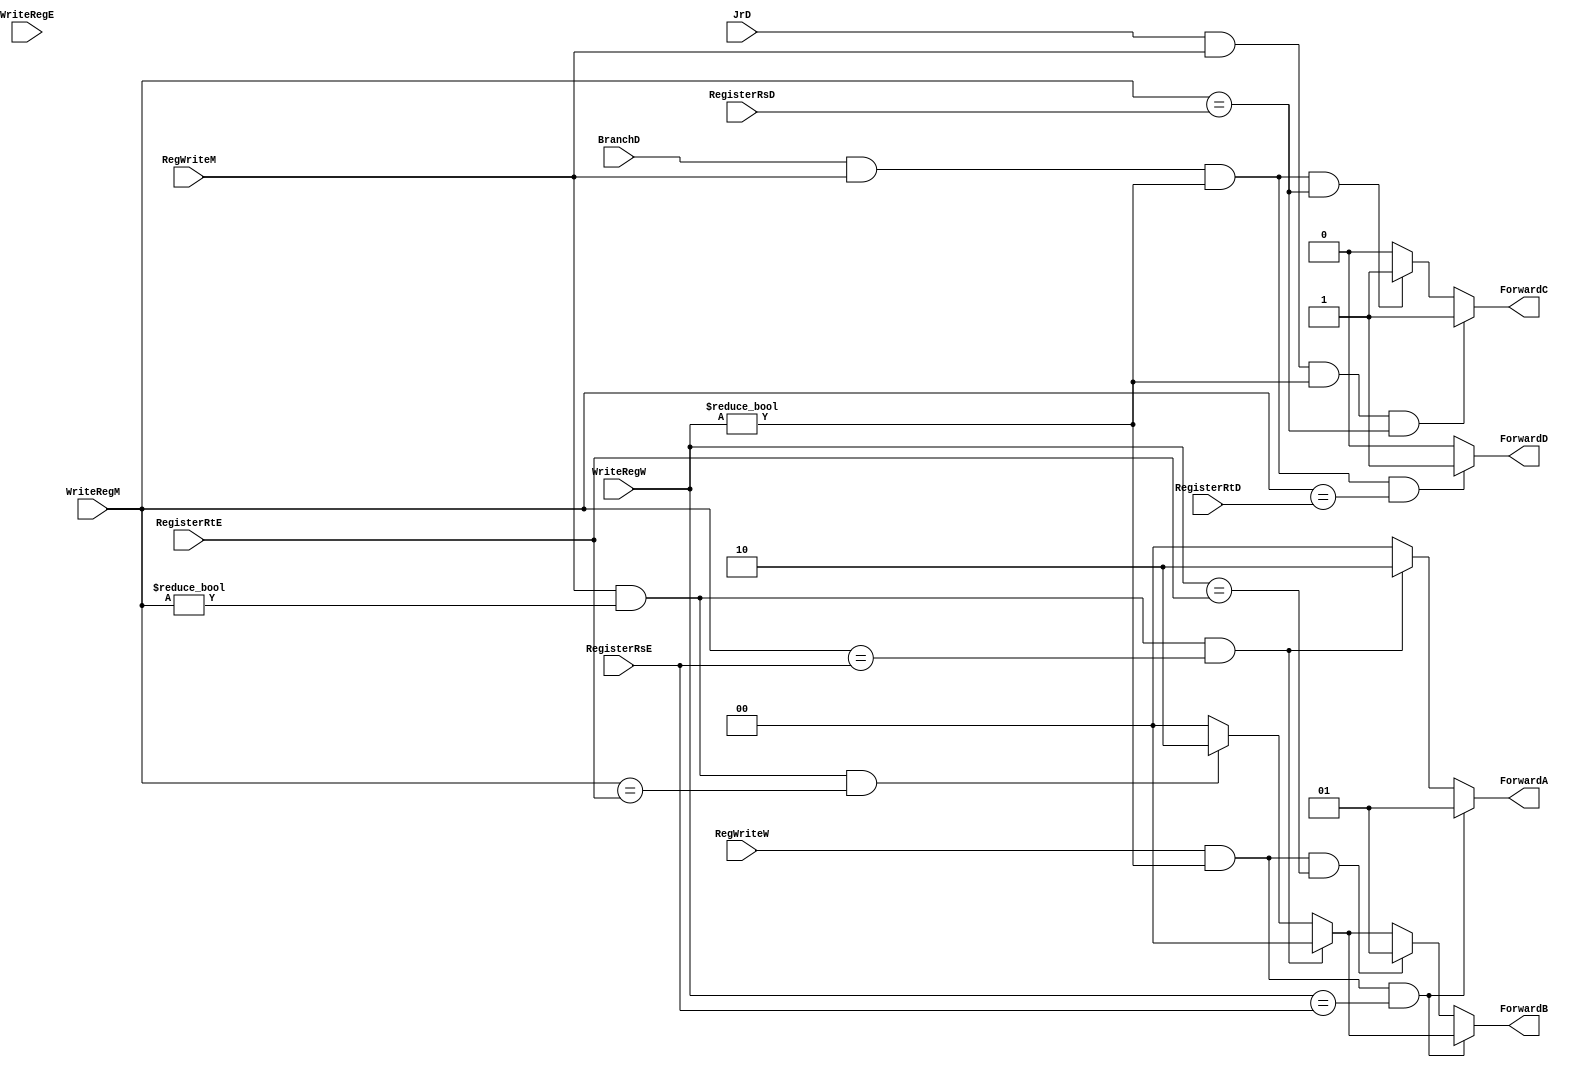
module ForwardingUnit(
    RegisterRsD,
    RegisterRtD,
    RegisterRsE,
    RegisterRtE,
    WriteRegE,
    WriteRegM,
    WriteRegW,
    BranchD,
    JrD,
    RegWriteM,
    RegWriteW,
    ForwardA,
    ForwardB,
    ForwardC,
    ForwardD
);

input RegWriteM, RegWriteW, BranchD, JrD;
input [4:0] RegisterRsD, RegisterRtD, RegisterRsE, RegisterRtE, WriteRegE, WriteRegM, WriteRegW;

output reg [1:0] ForwardA, ForwardB;
output reg ForwardC, ForwardD;

always @(*) begin
    ForwardA = 2'b00;
    ForwardB = 2'b00;
    ForwardC = 1'b0;
    ForwardD = 1'b0;
    // EX hazard
    if (RegWriteM && (WriteRegM != 0) && (WriteRegM == RegisterRsE)) begin ForwardA = 2'b10;end // Rs hazard
    else if (RegWriteM && (WriteRegM != 0) && (WriteRegM == RegisterRtE)) begin ForwardB = 2'b10;end // Rt hazard
    // MEM hazard
    if (RegWriteW && (WriteRegW != 0) && (WriteRegW == RegisterRsE)) begin ForwardA = 2'b01;end
    else if (RegWriteW && (WriteRegW != 0) && (WriteRegW == RegisterRtE)) begin ForwardB = 2'b01;end
    // Branch and Jump Hazard.
    if (BranchD && (RegWriteM!= 0) && (WriteRegW != 0) && (WriteRegM == RegisterRsD)) begin ForwardC = 1; end
    if (BranchD && (RegWriteM!= 0) && (WriteRegW != 0) &&(WriteRegM == RegisterRtD)) begin ForwardD = 1; end
    if (JrD && (RegWriteM!= 0) && (WriteRegW != 0) &&(WriteRegM == RegisterRsD)) begin ForwardC = 1; end

    
end 
endmodule